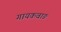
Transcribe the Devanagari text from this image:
गायकवाङ